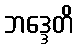
ဘဒ္ဒေတိ